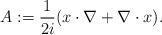
LaTeX: \begin{align*}A:=\frac{1}{2i}(x\cdot\nabla+\nabla\cdot x). \end{align*}